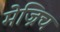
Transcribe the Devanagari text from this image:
मेज्रिच